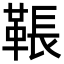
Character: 䩨